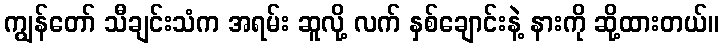
ကျွန်တော် သီချင်းသံက အရမ်း ဆူလို့ လက် နှစ်ချောင်းနဲ့ နားကို ဆို့ထားတယ်။